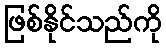
ဖြစ်နိုင်သည်ကို